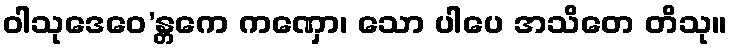
ဝါသုဒေဝေ’န္တကေ ကဏှော၊ သော ပါပေ အသိတေ တိသု။